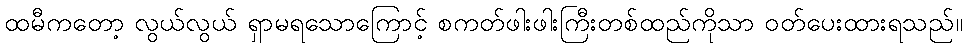
ထမီကတော့ လွယ်လွယ် ရှာမရသောကြောင့် စကတ်ဖါးဖါးကြီးတစ်ထည်ကိုသာ ဝတ်ပေးထားရသည်။